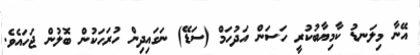
އޭނާ މިލަނޑު ކާމިޔާބުކުރީ ހަސަން އަދުހަމް (ސަޑޭ) ނަގައިދިން ހުރަހަކުން ބޮލުން ޖަހައެވެ.